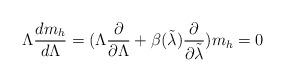
LaTeX: \begin{align*}\Lambda{{dm_h}\over{d\Lambda}}= (\Lambda{{\partial}\over{\partial\Lambda}}+\beta(\tilde\lambda){{\partial}\over{\partial\tilde\lambda}})m_h=0\end{align*}